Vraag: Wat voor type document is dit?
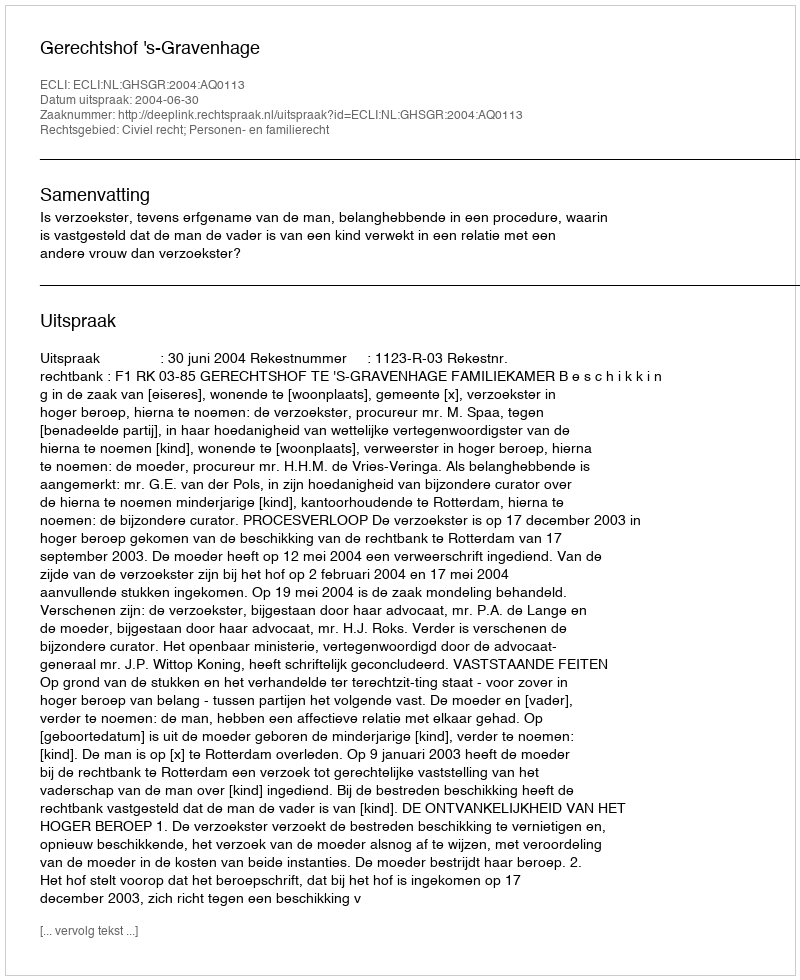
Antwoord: Uitspraak